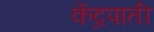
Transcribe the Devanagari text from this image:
केंद्रपाती